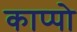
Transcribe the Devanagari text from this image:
काप्पो